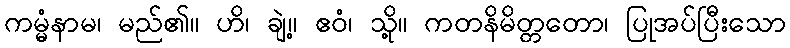
ကမ္မံနာမ၊ မည်၏။ ဟိ၊ ချဲ့။ ဧဝံ၊ သို့။ ကတနိမိတ္တတော၊ ပြုအပ်ပြီးသော